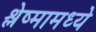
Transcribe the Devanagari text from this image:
श्लेष्मामध्ये